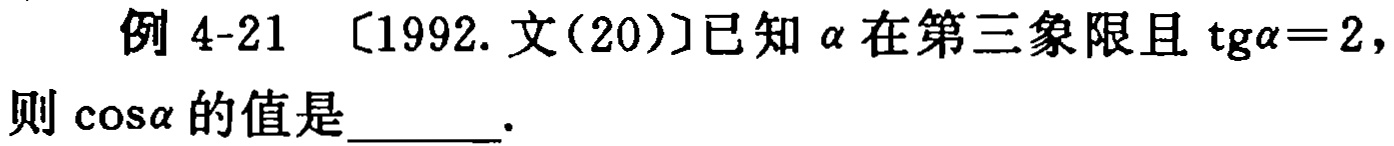
例 4-21 [1992. 文(20)]已知\(\alpha\)在第三象限且\(\mathrm{tg}\alpha = 2\)，则\(\cos\alpha\)的值是______.